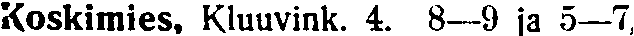
Koskimies, Kluuvink. 4. 8—9 ja 5—7